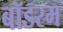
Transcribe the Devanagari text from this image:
बॉडरम